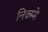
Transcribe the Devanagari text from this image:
निक्म्मे